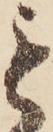
も